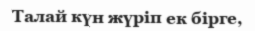
Талай күн жүріп ек бірге,